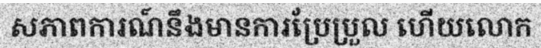
សភាពការណ៍នឹងមានការប្រែប្រួល ហើយលោក